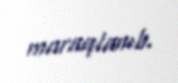
maraqlanıb.